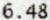
6.48